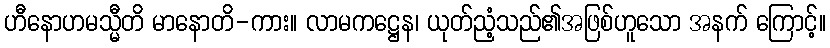
ဟီနောဟမသ္မီတိ မာနောတိ-ကား။ လာမကဋ္ဌေန၊ ယုတ်ညံ့သည်၏အဖြစ်ဟူသော အနက် ကြောင့်။